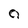
Character: 0